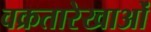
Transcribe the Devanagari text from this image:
वक्रतारेखाओं